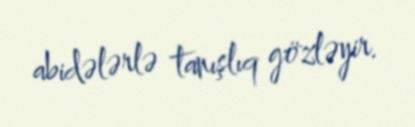
abidələrlə tanışlıq gözləyir.